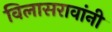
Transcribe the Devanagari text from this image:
विलासरावांनी